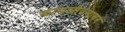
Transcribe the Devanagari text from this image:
कामजीवनावर